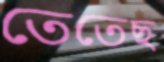
তেতেছ